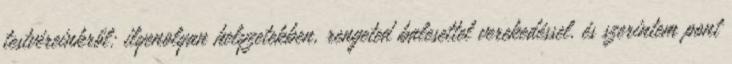
testvéreinkről: ilyenolyan helyzetekben, rengeted balesettel verekedéssel. és szerintem pont